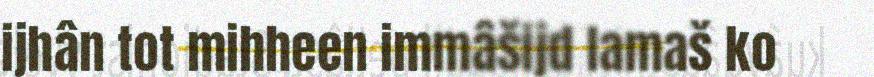
ijhân tot mihheen immâšijd lamaš ko